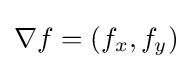
\textstyle \nabla f=(f_{x},f_{y})